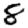
Digit: 8